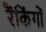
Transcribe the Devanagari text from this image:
रैंकिंगों